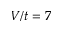
V / t = 7